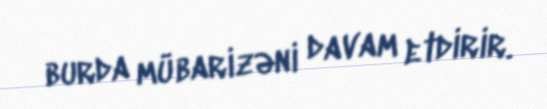
burda mübarizəni davam etdirir.